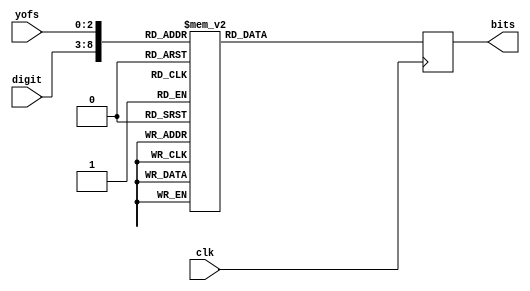
`timescale 1ns / 1ps
module digits10_case(
  
  input [5:0] digit,		// digit 0-9
  input [2:0] yofs,	// vertical offset (0-4)
  input clk,
  output reg [7:0] bits);	// output (5 bits)

  // combine {digit,yofs} into single ROM address
  wire [8:0] caseexpr = {digit,yofs};
  
  always @(posedge clk)
    case (caseexpr)
      9'o00: bits <= 8'b00000000;
      9'o01: bits <= 8'b01111111;
      9'o02: bits <= 8'b01100011;
      9'o03: bits <= 8'b01100011;
      9'o04: bits <= 8'b01100011;
      9'o05: bits <= 8'b01111111;
      
      9'o10: bits <= 8'b00000000;
      9'o11: bits <= 8'b00111000;
      9'o12: bits <= 8'b01111000;
      9'o13: bits <= 8'b00011000;
      9'o14: bits <= 8'b00011000;
      9'o15: bits <= 8'b01111110;
      
      9'o20: bits <= 8'b00000000;
      9'o21: bits <= 8'b01111111;
      9'o22: bits <= 8'b00000011;
      9'o23: bits <= 8'b01111111;
      9'o24: bits <= 8'b01100000;
      9'o25: bits <= 8'b01111111;
      
      9'o30: bits <= 8'b11111;
      9'o31: bits <= 8'b00001;
      9'o32: bits <= 8'b11111;
      9'o33: bits <= 8'b00001;
      9'o34: bits <= 8'b11111;

      9'o40: bits <= 8'b10001;
      9'o41: bits <= 8'b10001;
      9'o42: bits <= 8'b11111;
      9'o43: bits <= 8'b00001;
      9'o44: bits <= 8'b00001;

      9'o50: bits <= 8'b11111;
      9'o51: bits <= 8'b10000;
      9'o52: bits <= 8'b11111;
      9'o53: bits <= 8'b00001;
      9'o54: bits <= 8'b11111;

      9'o60: bits <= 8'b11111;
      9'o61: bits <= 8'b10000;
      9'o62: bits <= 8'b11111;
      9'o63: bits <= 8'b10001;
      9'o64: bits <= 8'b11111;

      9'o70: bits <= 8'b11111;
      9'o71: bits <= 8'b00001;
      9'o72: bits <= 8'b00001;
      9'o73: bits <= 8'b00001;
      9'o74: bits <= 8'b00001;

      9'o100: bits <= 8'b11111;
      9'o101: bits <= 8'b10001;
      9'o102: bits <= 8'b11111;
      9'o103: bits <= 8'b10001;
      9'o104: bits <= 8'b11111;
      
      9'o110: bits <= 8'b11111;
      9'o111: bits <= 8'b10001;
      9'o112: bits <= 8'b11111;
      9'o113: bits <= 8'b00001;
      9'o114: bits <= 8'b11111;
      //A
      9'o120: bits <= 8'b00000000;
      9'o121: bits <= 8'b01111111;
      9'o122: bits <= 8'b01100011;
      9'o123: bits <= 8'b01111111;
      9'o124: bits <= 8'b01100011;
      9'o125: bits <= 8'b01100011;
      
      9'o130: bits <= 8'b10000;
      9'o131: bits <= 8'b10000;
      9'o132: bits <= 8'b11111;
      9'o133: bits <= 8'b10001;
      9'o134: bits <= 8'b11111;
      
      9'o140: bits <= 8'b11111;
      9'o141: bits <= 8'b10000;
      9'o142: bits <= 8'b10000;
      9'o143: bits <= 8'b10000;
      9'o144: bits <= 8'b11111;
	
      9'o150: bits <= 8'b00000000;
      9'o151: bits <= 8'b01111110;
      9'o152: bits <= 8'b01100001;
      9'o153: bits <= 8'b01100001;
      9'o154: bits <= 8'b01100001;
      9'o155: bits <= 8'b01111110;
 
      9'o160: bits <= 8'b11111;
      9'o161: bits <= 8'b10000;
      9'o162: bits <= 8'b11111;
      9'o163: bits <= 8'b10000;
      9'o164: bits <= 8'b11111;
      //F
      9'o170: bits <= 8'b11111;
      9'o171: bits <= 8'b10000;
      9'o172: bits <= 8'b11111;
      9'o173: bits <= 8'b10000;
      9'o174: bits <= 8'b10000;
      //R 16
      9'o200: bits <= 8'b00000000;
      9'o201: bits <= 8'b01111110;
      9'o202: bits <= 8'b01100011;
      9'o203: bits <= 8'b01111110;
      9'o204: bits <= 8'b01101100;
      9'o205: bits <= 8'b01100110;
      //E 17
      9'o210: bits <= 8'b00000000;
      9'o211: bits <= 8'b01111111;
      9'o212: bits <= 8'b01100000;
      9'o213: bits <= 8'b01111111;
      9'o214: bits <= 8'b01100000;
      9'o215: bits <= 8'b01111111;
      //S 18
      9'o220: bits <= 8'b11111;
      9'o221: bits <= 8'b10000;
      9'o222: bits <= 8'b11111;
      9'o223: bits <= 8'b00001;
      9'o224: bits <= 8'b11111;
      //U 19
      9'o230: bits <= 8'b10001;
      9'o231: bits <= 8'b10001;
      9'o232: bits <= 8'b10001;
      9'o233: bits <= 8'b10001;
      9'o234: bits <= 8'b11111;
      //L 20
      9'o240: bits <= 8'b00000000;
      9'o241: bits <= 8'b01100000;
      9'o242: bits <= 8'b01100000;
      9'o243: bits <= 8'b01100000;
      9'o244: bits <= 8'b01100000;
      9'o245: bits <= 8'b01111111;
      //T 21
      9'o250: bits <= 8'b11111;
      9'o251: bits <= 8'b00100;
      9'o252: bits <= 8'b00100;
      9'o253: bits <= 8'b00100;
      9'o254: bits <= 8'b00100;
      //: 22
      9'o260: bits <= 8'b00000000;
      9'o261: bits <= 8'b00011000;
      9'o262: bits <= 8'b00011000;
      9'o263: bits <= 8'b00000000;
      9'o264: bits <= 8'b00011000;
      9'o265: bits <= 8'b00011000;
      //NULL 23
      9'o270: bits <= 8'b00000;
      9'o271: bits <= 8'b00000;
      9'o272: bits <= 8'b00000;
      9'o273: bits <= 8'b00000;
      9'o274: bits <= 8'b00000;
      //Arrow Right 24
      9'o300: bits <= 8'b00100;
      9'o301: bits <= 8'b00010;
      9'o302: bits <= 8'b11111;
      9'o303: bits <= 8'b00010;
      9'o304: bits <= 8'b00100;
      //N 25
      9'o310: bits <= 8'b00000000;
      9'o311: bits <= 8'b01100011;
      9'o312: bits <= 8'b01110011;
      9'o313: bits <= 8'b01101011;
      9'o314: bits <= 8'b01101011;
      9'o315: bits <= 8'b01100111;
      //O 26
      9'o320: bits <= 8'b11111;
      9'o321: bits <= 8'b10001;
      9'o322: bits <= 8'b10001;
      9'o323: bits <= 8'b10001;
      9'o324: bits <= 8'b11111;
      //D 27
      9'o330: bits <= 8'b11100;
      9'o331: bits <= 8'b10011;
      9'o332: bits <= 8'b10001;
      9'o333: bits <= 8'b10011;
      9'o334: bits <= 8'b11100;
      //circle 28
      9'o340: bits <= 8'b00000000;
      9'o341: bits <= 8'b00011000;
      9'o342: bits <= 8'b00111100;
      9'o343: bits <= 8'b01111110;
      9'o344: bits <= 8'b01111110;
      9'o345: bits <= 8'b00111100;
      9'o346: bits <= 8'b00011000;
      9'o347: bits <= 8'b00000000;
      //ARROW DOWN 29
      9'o350: bits <= 8'b00000000;
      9'o351: bits <= 8'b00011000;
      9'o352: bits <= 8'b00011000;
      9'o353: bits <= 8'b00011000;
      9'o354: bits <= 8'b01011010;
      9'o355: bits <= 8'b00111100;
      9'o356: bits <= 8'b00011000;
      //P 30
      9'o360: bits <= 8'b00000000;
      9'o361: bits <= 8'b01111110;
      9'o362: bits <= 8'b01100011;
      9'o363: bits <= 8'b01111110;
      9'o364: bits <= 8'b01100000;
      9'o365: bits <= 8'b01100000;
      //Y 31
      9'o370: bits <= 8'b00000000;
      9'o371: bits <= 8'b01100110;
      9'o372: bits <= 8'b00111100;
      9'o373: bits <= 8'b00011000;
      9'o374: bits <= 8'b00011000;
      9'o375: bits <= 8'b00011000;
      //|(righjt) 32
      9'o400: bits <= 8'b00000110;
      9'o401: bits <= 8'b00000110;
      9'o402: bits <= 8'b00000110;
      9'o403: bits <= 8'b00000110;
      9'o404: bits <= 8'b00000110;
      9'o405: bits <= 8'b00000110;
      9'o406: bits <= 8'b00000110;
      9'o407: bits <= 8'b00000110;
      //|(left) 33
      9'o410: bits <= 8'b01100000;
      9'o411: bits <= 8'b01100000;
      9'o412: bits <= 8'b01100000;
      9'o413: bits <= 8'b01100000;
      9'o414: bits <= 8'b01100000;
      9'o415: bits <= 8'b01100000;
      9'o416: bits <= 8'b01100000;
      9'o417: bits <= 8'b01100000;
      //W 34
      9'o420: bits <= 8'b00000000;
      9'o421: bits <= 8'b01000010;
      9'o422: bits <= 8'b01000010;
      9'o423: bits <= 8'b01011010;
      9'o424: bits <= 8'b01011010;
      9'o425: bits <= 8'b01100110;
      9'o426: bits <= 8'b01000010;
            //I 35
      9'o430: bits <= 8'b00000000;
      9'o431: bits <= 8'b00011000;
      9'o432: bits <= 8'b00011000;
      9'o433: bits <= 8'b00011000;
      9'o434: bits <= 8'b00011000;
      9'o435: bits <= 8'b00011000;
      9'o436: bits <= 8'b00011000;
      default: bits <= 0;
    endcase
endmodule